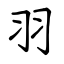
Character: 羽